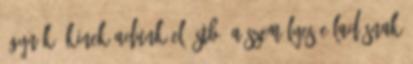
ügynök, kinek adunk el? Stb. A személyes e ladásnak